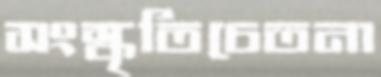
সংস্কৃতিচেতনা